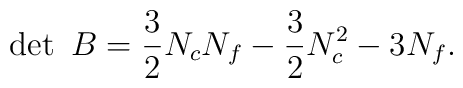
\det~B={3\over 2}N_cN_f-{3\over 2}N_c^2-3N_f.